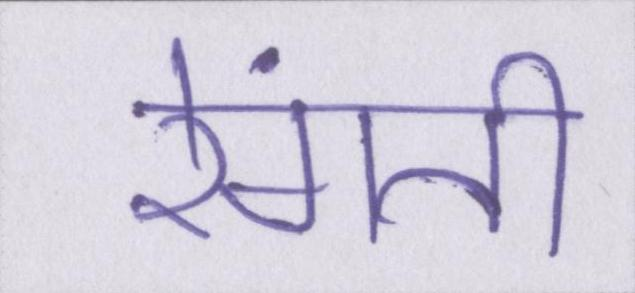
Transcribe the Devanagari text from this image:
रेंगती